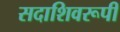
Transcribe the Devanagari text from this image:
सदाशिवरूपी